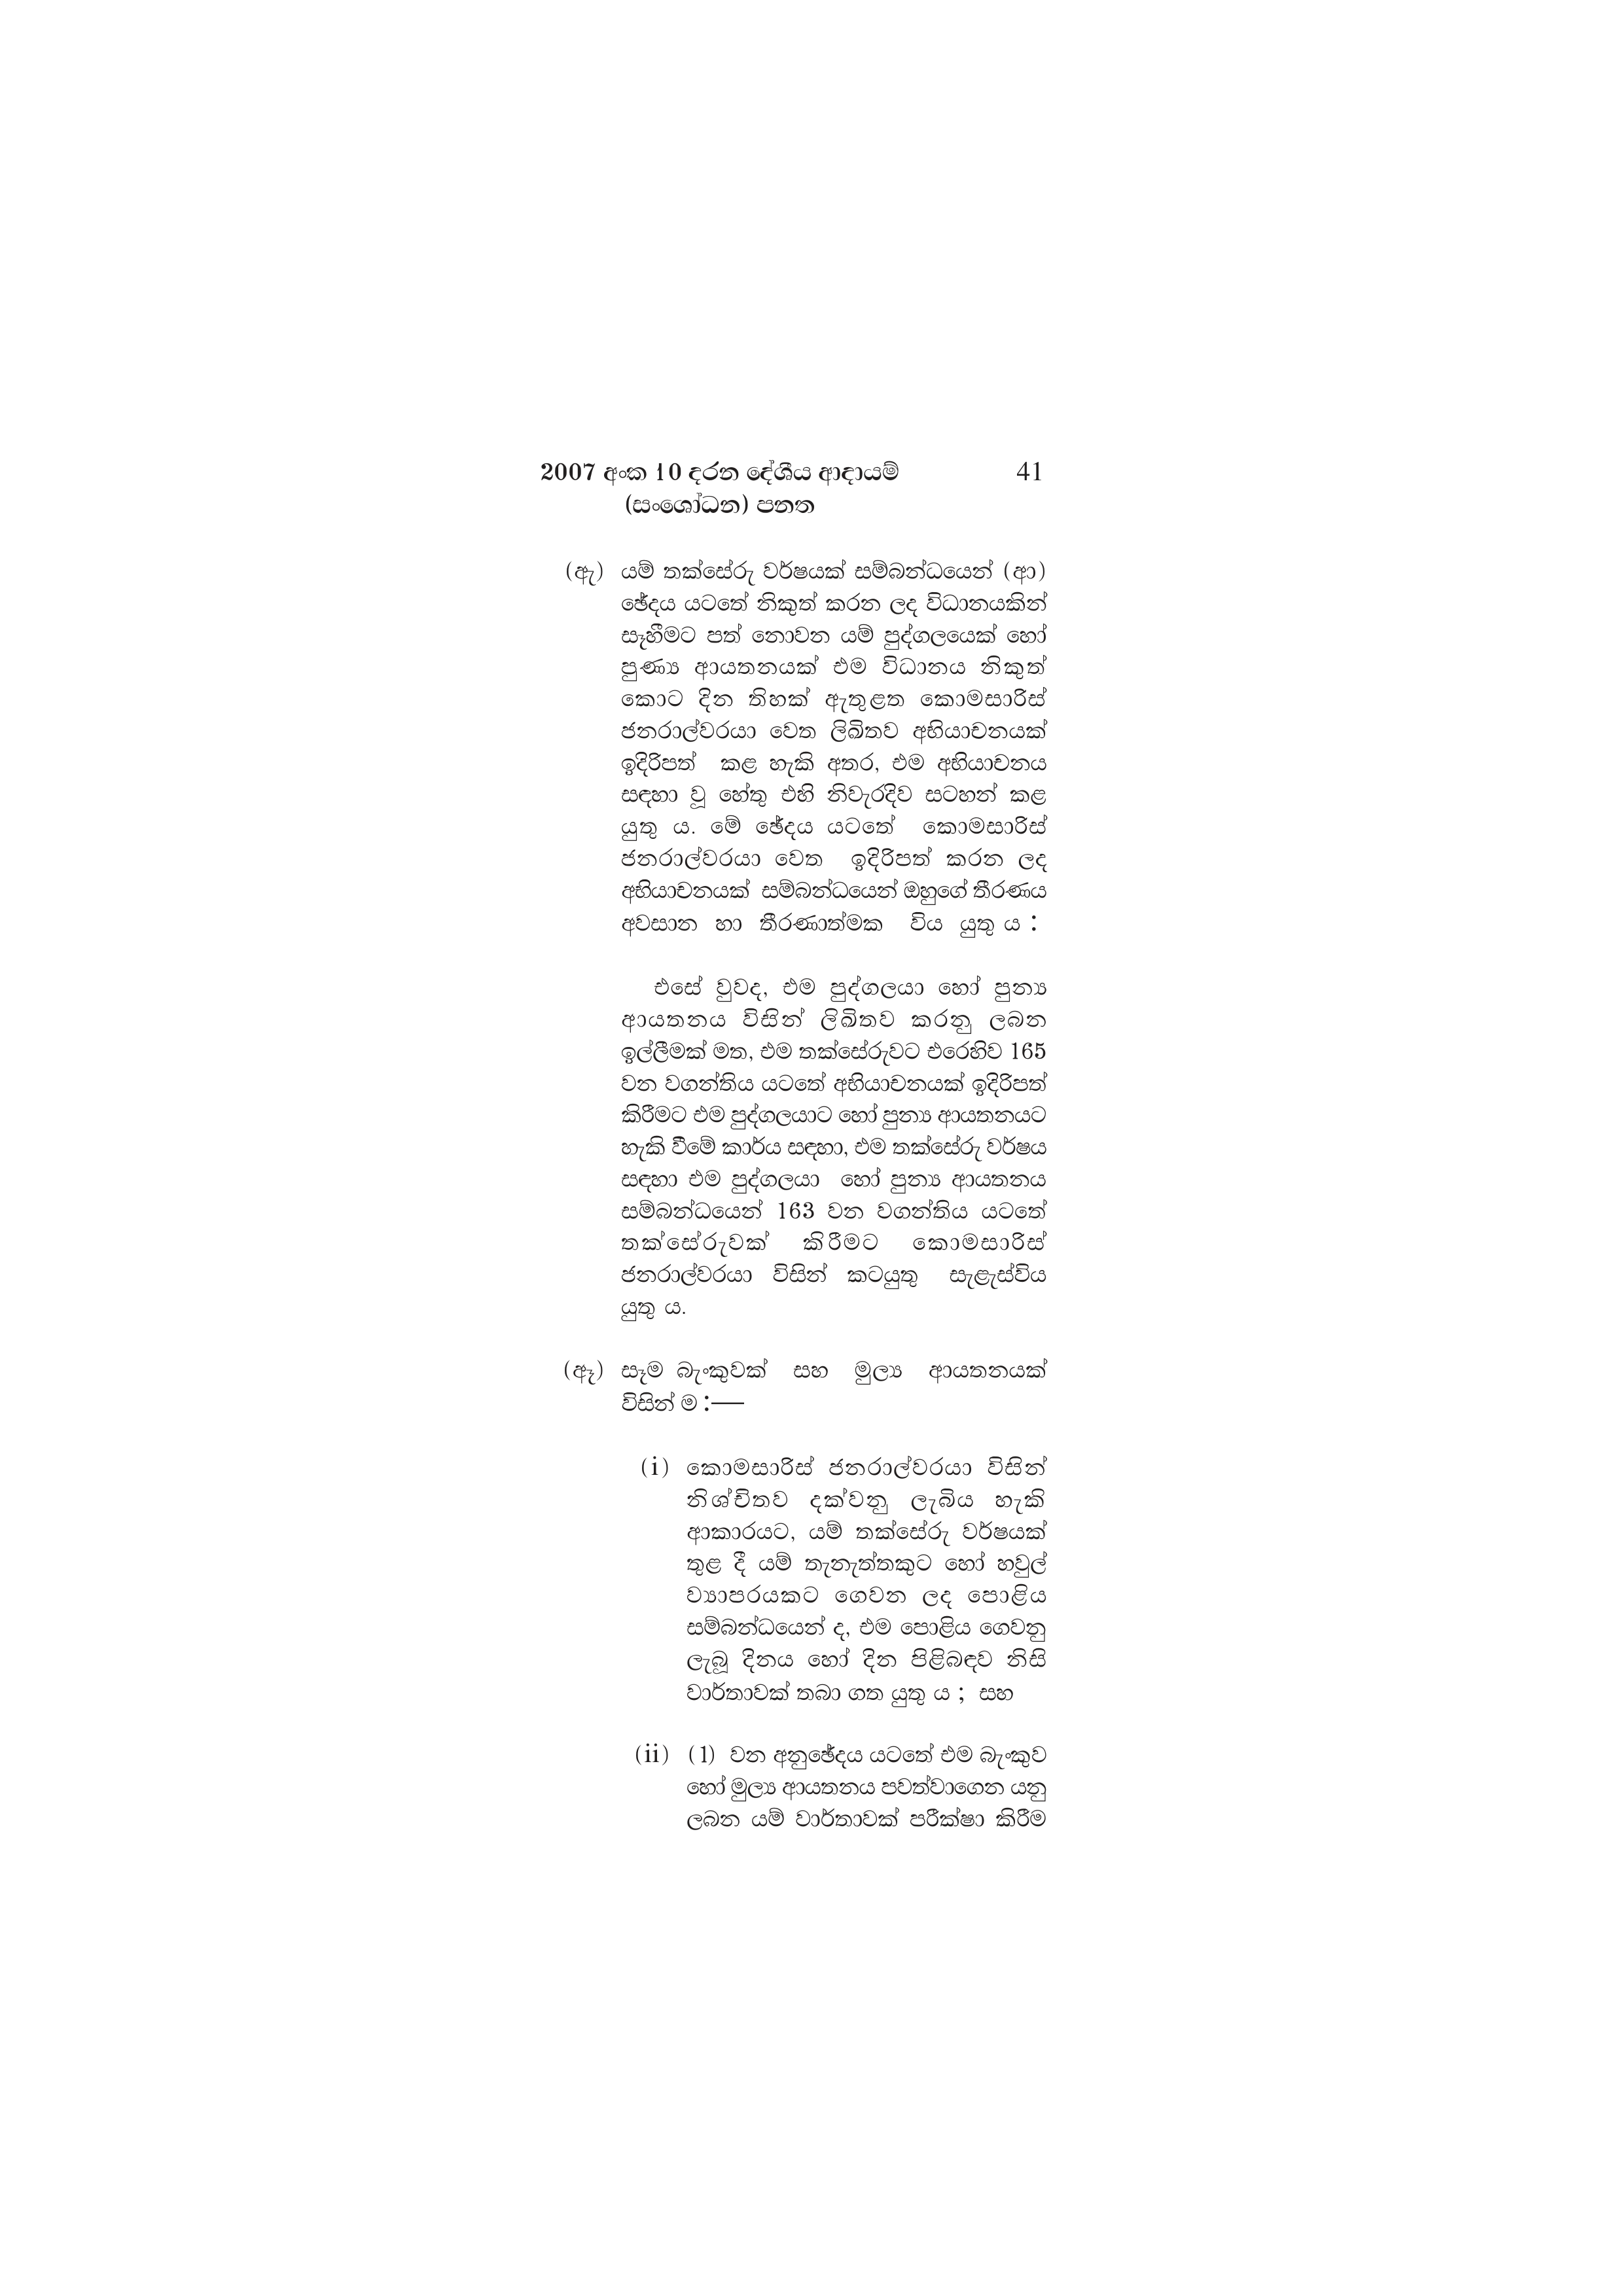
2007 අංක 10 දරන දේශීය ආදායම් 41
(සංශෝධන) පනත

(ඇ) යම් තක්සේරු වර්ෂයක් සම්බන්ධයෙන් (ආ)
ඡේදය යටතේ නිකුත් කරන ලද විධානයකින්
සෑහීමට පත් නොවන යම් පුද්ගලයෙක් හෝ
පුණ්‍ය ආයතනයක් එම විධානය නිකුත්
කොට දින තිහක් ඇතුළත කොමසාරිස්
ජනරාල්වරයා වෙත ලිඛිතව අභියාචනයක්
ඉදිරිපත් කළ හැකි අතර, එම අභියාචනය
සඳහා වූ හේතු එහි නිවැරදිව සටහන් කළ
යුතු ය. මේ ඡේදය යටතේ කොමසාරිස්
ජනරාල්වරයා වෙත ඉදිරිපත් කරන ලද
අභියාචනයක් සම්බන්ධයෙන් ඔහුගේ තීරණය
අවසාන හා තීරණාත්මක විය යුතු ය .

එසේ වුවද, එම පුද්ගලයා හෝ පුන්‍ය
ආයතනය විසින් ලිඛිතව කරනු ලබන
ඉල්ලීමක් මත, එම තක්සේරුවට එරෙහිව 165
වන වගන්තිය යටතේ අභියාචනයක් ඉදිරිපත්
කිරීමට එම පුද්ගලයාට හෝ පුන්‍ය ආයතනයට
හැකි වීමේ කාර්ය සඳහා, එම තක්සේරු වර්ෂය
සඳහා එම පුද්ගලයා හෝ පුන්‍ය ආයතනය
සම්බන්ධයෙන් 163 වන වගන්තිය යටතේ
තක්සේරුවක් කිරීමට කොමසාරිස්
ජනරාල්වරයා විසින් කටයුතු සැළැස්විය
යුතු ය.

(ඈ) සෑම බැංකුවක් සහ මුල්‍ය ආයතනයක්
විසින් ම :—

(i) කොමසාරිස් ජනරාල්වරයා විසින්
නිශ්චිතව දක්වනු ලැබිය හැකි
ආකාරයට, යම් තක්සේරු වර්ෂයක්
තුළ දී යම් තැනැත්තකුට හෝ හවුල්
ව්‍යාපරයකට ගෙවන ලද පොළිය
සම්බන්ධයෙන් ද, එම පොළිය ගෙවනු
ලැබූ දිනය හෝ දින පිළිබඳව නිසි
වාර්තාවක් තබා ගත යුතු ය ; සහ

(ii) (1) වන අනුඡේදය යටතේ එම බැංකුව
හෝ මුල්‍ය ආයතනය පවත්වාගෙන යනු
ලබන යම් වාර්තාවක් පරීක්ෂා කිරීම